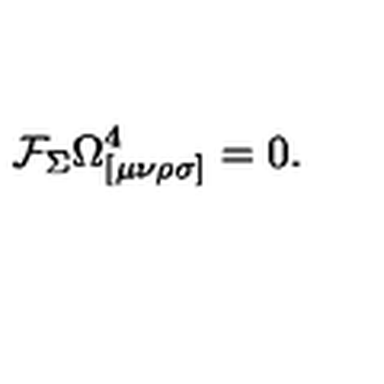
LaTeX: \mathcal { F } _ { \Sigma } \Omega _ { [ \mu \nu \rho \sigma ] } ^ { 4 } = 0 .